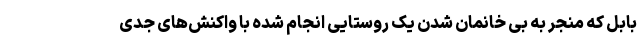
بابل که منجر به بی خانمان شدن یک روستایی انجام شده با واکنش‌های جدی